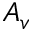
A _ { v }